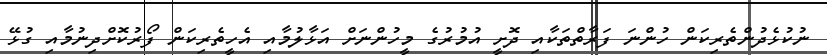
ނުކުޅެދުންތެރިކަން ހުންނަ ފަރާތްތަކާއި ދޮށީ އުމުރުގެ މީހުންނަށް އަޅާލުމާއި އެހީތެރިކަން ފޯރުކޮށްދިނުމާއި ގުޅޭ